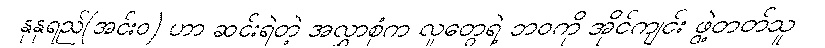
နုနုရည်(အင်းဝ) ဟာ ဆင်းရဲတဲ့ အလွှာစုံက လူတွေရဲ့ ဘဝကို အိုင်ကျင်း ဖွဲ့တတ်သူ